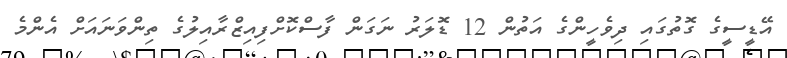
އޭޑީސީގެ ގޮތުގައި ދިވެހީންގެ އަތުން 12 ޑޮލަރު ނަގަން ފާސްކޮށްފިއިޒްރާއިލުގެ ތިންވަނައަށް އެންމެ